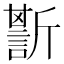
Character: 𧪷